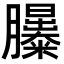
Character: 𦣃